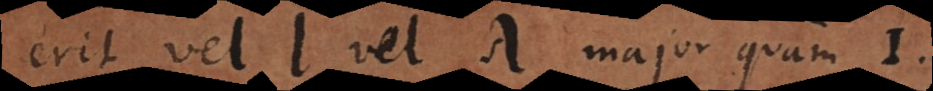
erit vel l vel λ major quam 1.